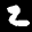
Label: 2